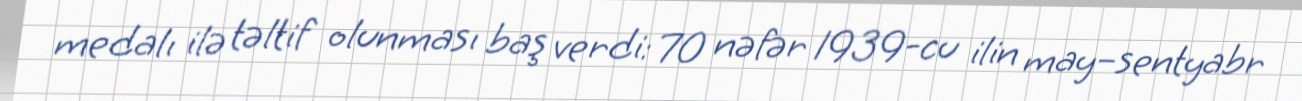
medalı ilə təltif olunması baş verdi: 70 nəfər 1939-cu ilin may–sentyabr